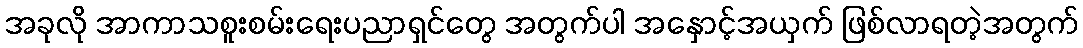
အခုလို အာကာသစူးစမ်းရေးပညာရှင်တွေ အတွက်ပါ အနှောင့်အယှက် ဖြစ်လာရတဲ့အတွက်